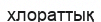
хлораттық